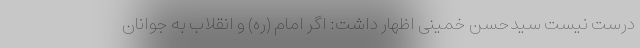
درست نیست سیدحسن خمینی اظهار داشت: اگر امام (ره) و انقلاب به جوانان